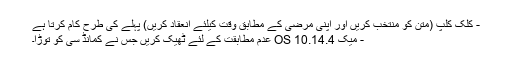
- کلک کلپ (متن کو منتخب کریں اور اپنی مرضی کے مطابق وقت کیلئے انعقاد کریں) پہلے کی طرح کام کرتا ہے
- میک OS 10.14.4 عدم مطابقت کے لئے ٹھیک کریں جس نے کمانڈ سی کو توڑا۔